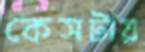
কেসটায়